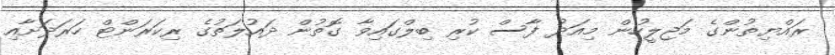
ރައްޔިތުންގެ މަޖިލީހުން މިއަދު ފާސް ކުރި ބިލްގައިވާ ގޮތުން ދައުލަތުގެ ރިކަރަންޓް ހަރަދަށާއި